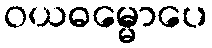
ဝယဓမ္မောပေ